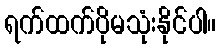
ရက်ထက်ပိုမသုံးနိုင်ပါ။